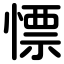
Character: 慓